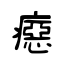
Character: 癋